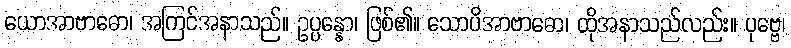
ယောအာဗာဓော၊ အကြင်အနာသည်။ ဥပ္ပန္နော၊ ဖြစ်၏။ သောပိအာဗာဓော၊ ထိုအနာသည်လည်း။ ပုဗ္ဗေ၊